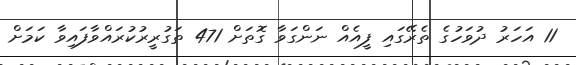
11 އަހަރު ދުވަހުގެ ތެރޭގައި ފީއެއް ނަންގަވާ ގޮތަށް 471 ތަގުރީރުކުރައްވާފައިވާ ކަމަށް